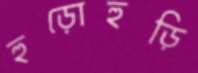
হুড়োহুড়ি